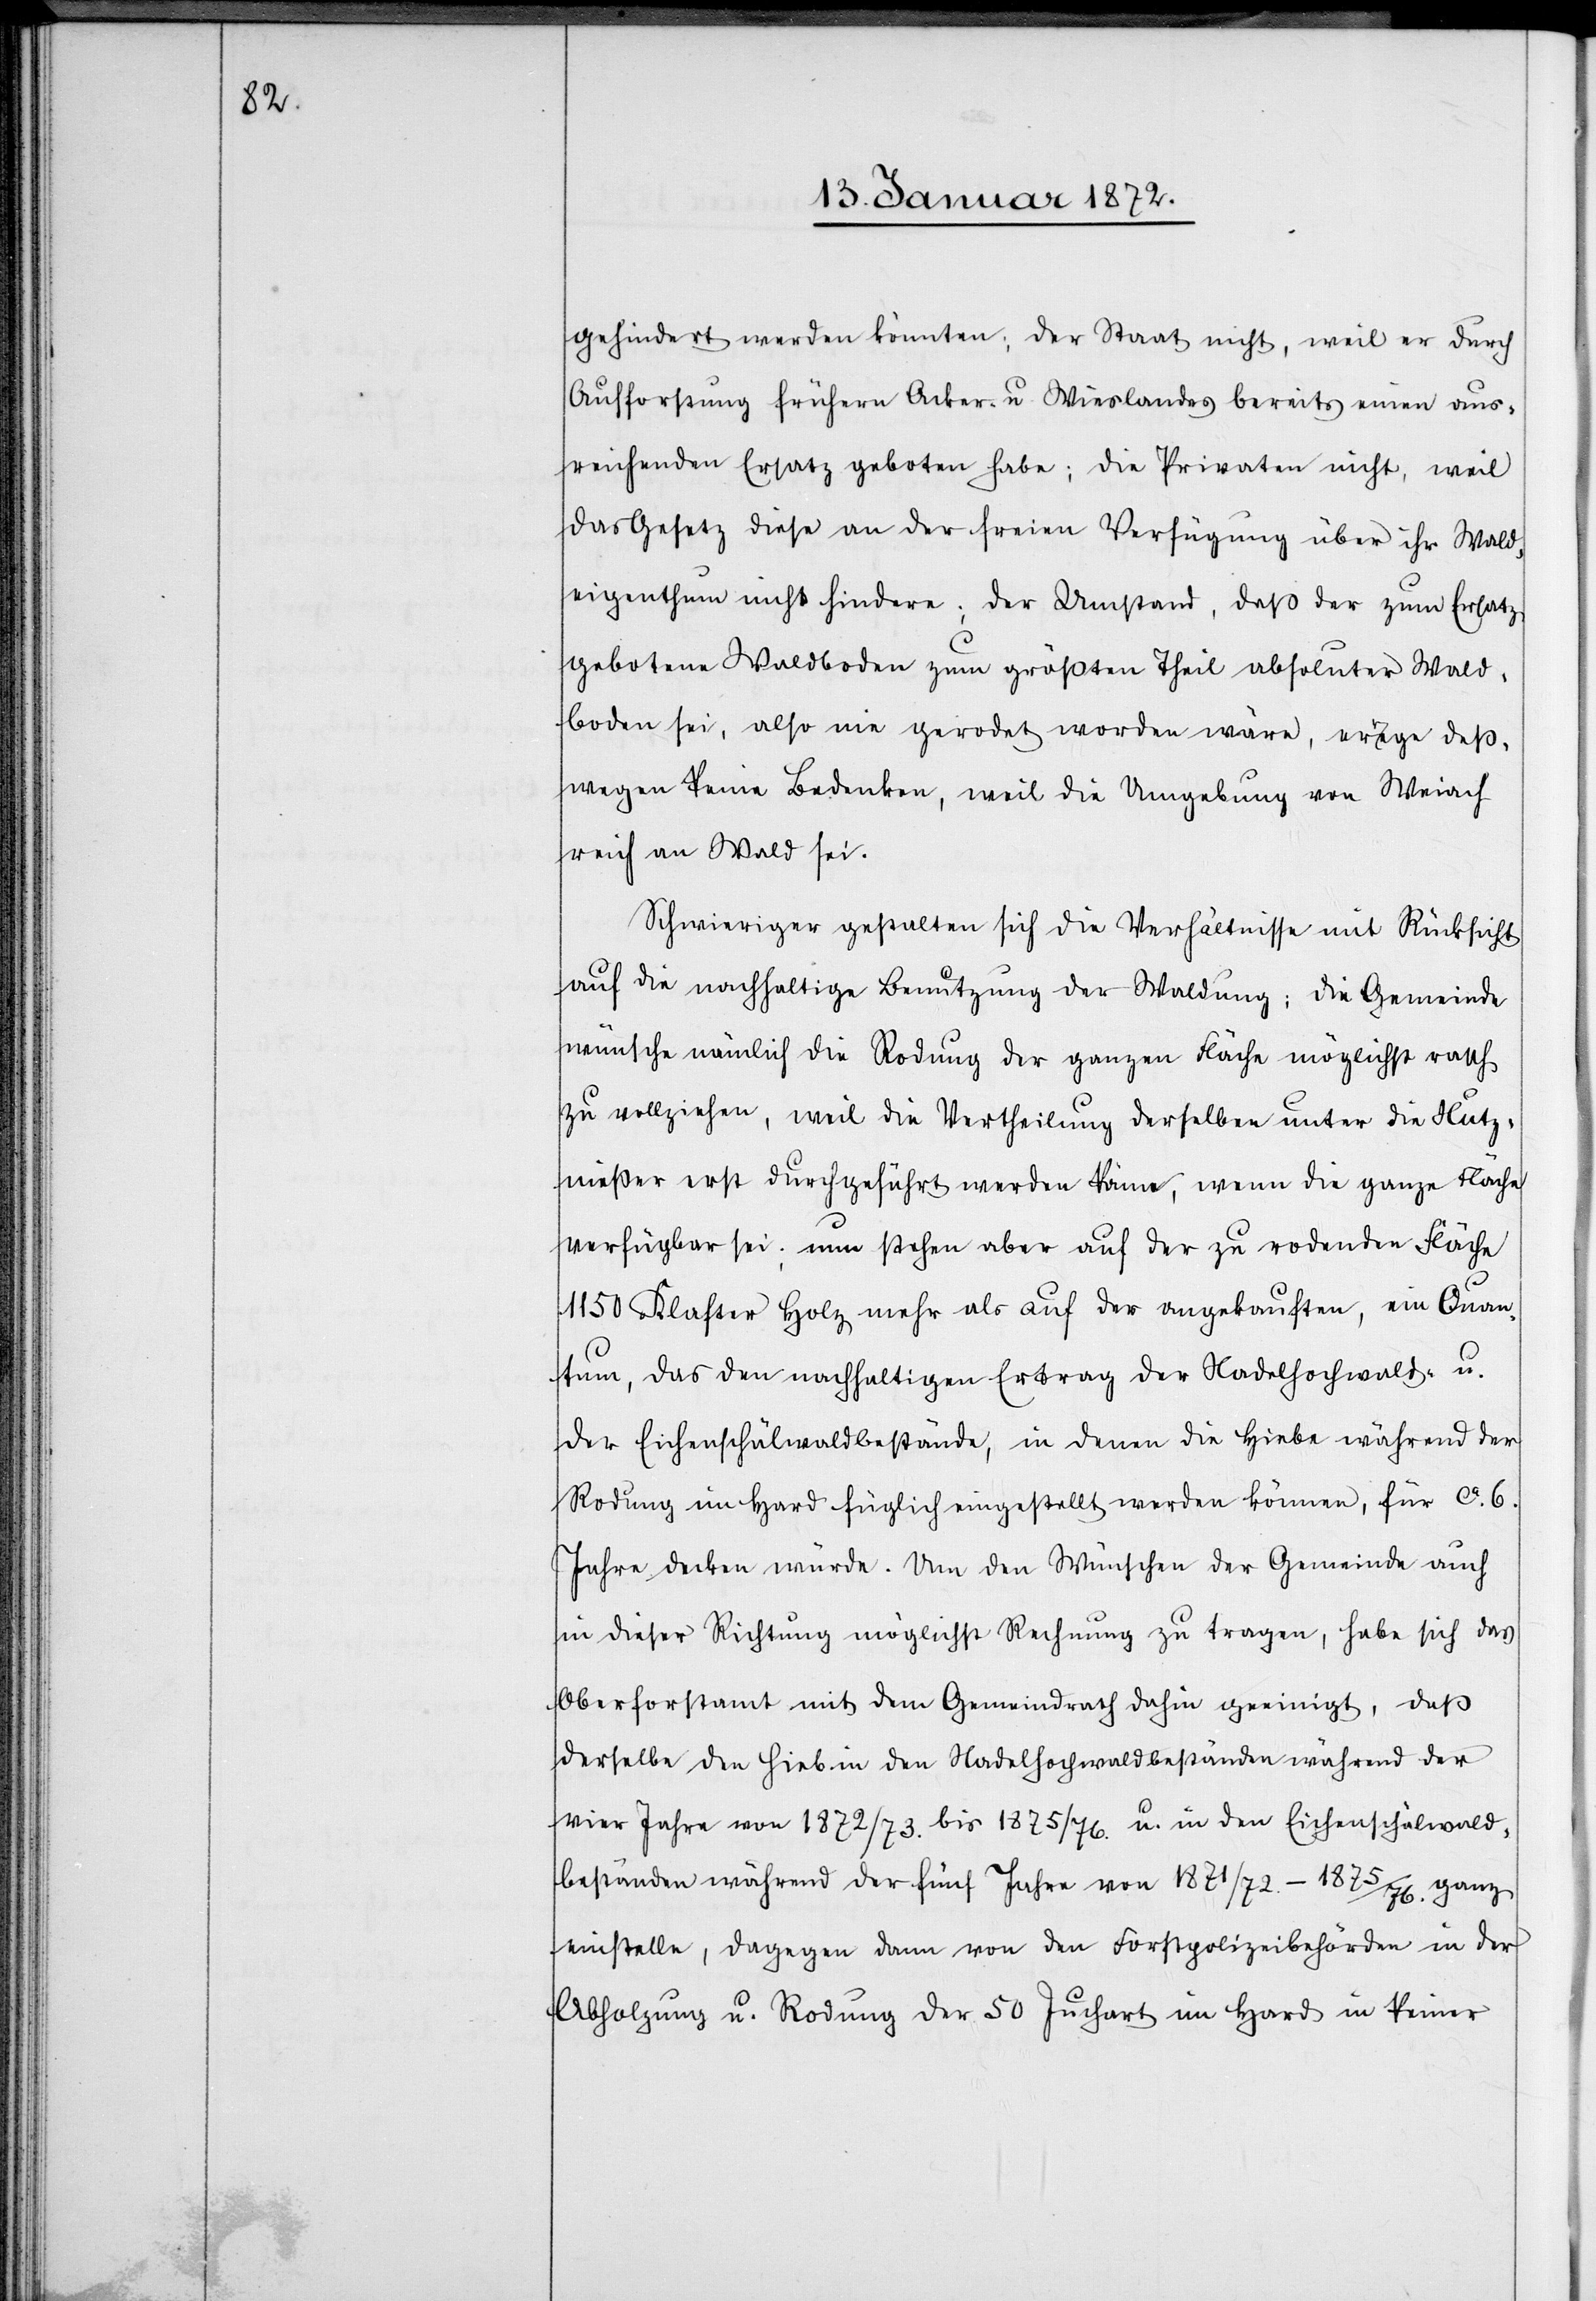
gehindert werden könnten; der Staat nicht, weil er durch
Aufforstung frühern Acker- u. Wieslandes bereits einen aus¬
reichenden Ersatz geboten habe; die Privaten nicht, weil
das Gesetz diese an der freien Verfügung über ihr Wald¬
eigenthum nicht hindern; der Umstand, daß der zum Ersatz
gebotene Waldboden zum größten Theil absoluter Wald¬
boden sei, also nie gerodet worden wäre, errege deß¬
wegen keine Bedenken, weil die Umgebung von Weiach
reich an Wald sei.
Schwieriger gestalten sich die Verhältnisse mit Rücksicht
auf die nachhaltige Benutzung der Waldung; die Gemeinde
wünsche nämlich die Rodung der ganzen Fläche möglichst rasch
zu vollziehen, weil die Vertheilung derselben unter die Nutz¬
nießer erst durchgeführt werden könne, wenn die ganze Fläche
verfügbar sei; nun stehen aber auf der zu rodenden Fläche
1150 Klafter Holz mehr als auf der angekauften, ein Quan¬
tum, das den nachhaltigen Ertrag der Nadelhochwald- u.
der Eichenschälwaldbestände, in denen die Hiebe während der
Rodung im Hard füglich eingestellt werden können, für ca. 6.
Jahre decken würde. Um den Wünschen der Gemeinde auch
in dieser Richtung möglichst Rechnung zu tragen, habe sich das
Oberforstamt mit dem Gemeindrath dahin geeinigt, daß
derselbe den Hieb in den Nadelhochwaldbeständen während der
vier Jahre von 1872/73. bis 1875/76. u. in den Eichenschälwald¬
beständen während der fünf Jahre von 1871/72.–1875/76. ganz
einstelle, dagegen dem von den Forstpolizeibehörden in der
Abholzung u. Rodung der 50 Juchart im Hard in keiner